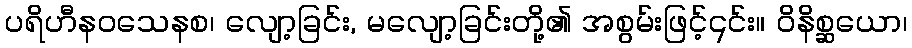
ပရိဟီနဝသေနစ၊ လျော့ခြင်း, မလျော့ခြင်းတို့၏ အစွမ်းဖြင့်၎င်း။ ဝိနိစ္ဆယော၊